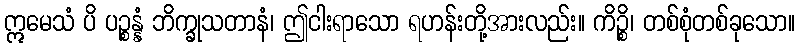
ဣမေသံ ပိ ပဉ္စန္နံ ဘိက္ခုသတာနံ၊ ဤငါးရာသော ရဟန်းတို့အားလည်း။ ကိဉ္စိ၊ တစ်စုံတစ်ခုသော။